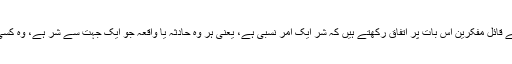
یہاں سب سے اہم بات یہ ہے کہ ظاہراً ان دونوں آراء کے قائل مفکرین اس بات پر اتفاق رکھتے ہیں کہ شر ایک امر نسبی ہے، یعنی ہر وہ حادثہ یا واقعہ جو ایک جہت سے شر ہے، وہ کسی دوسری جہت سے یا چند دوسری جہات سے خیر ہے۔